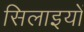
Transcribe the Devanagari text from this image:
सिलाइयों